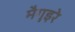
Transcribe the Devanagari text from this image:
मैगुइरे